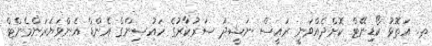
ތ. އަތޮޅު ކޯޑިނޭޓް ކޮށްދެއްވަނީ ރައީސް ނަޝީދު ސަރުކާރުގެ ހައުސިންގް އެންޑް އެންވަޔަރަންމެންޓް